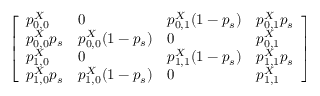
\left[ \begin{array} { l l l l } { p _ { 0 , 0 } ^ { X } } & { 0 } & { p _ { 0 , 1 } ^ { X } ( 1 - p _ { s } ) } & { p _ { 0 , 1 } ^ { X } p _ { s } } \\ { p _ { 0 , 0 } ^ { X } p _ { s } } & { p _ { 0 , 0 } ^ { X } ( 1 - p _ { s } ) } & { 0 } & { p _ { 0 , 1 } ^ { X } } \\ { p _ { 1 , 0 } ^ { X } } & { 0 } & { p _ { 1 , 1 } ^ { X } ( 1 - p _ { s } ) } & { p _ { 1 , 1 } ^ { X } p _ { s } } \\ { p _ { 1 , 0 } ^ { X } p _ { s } } & { p _ { 1 , 0 } ^ { X } ( 1 - p _ { s } ) } & { 0 } & { p _ { 1 , 1 } ^ { X } } \end{array} \right]